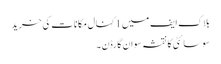
بلاک ایف میں 1 کنال مکانات کی خرید
سوسائٹی کا نقشہ سوان گارڈن ۔